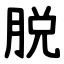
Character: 脱